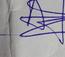
Signature authenticity: genuine